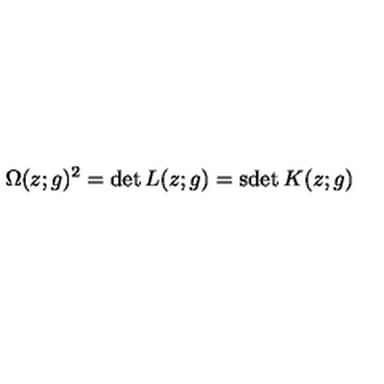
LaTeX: \Omega ( z ; g ) ^ { 2 } = \det L ( z ; g ) = \mathrm { s d e t } \: K ( z ; g )